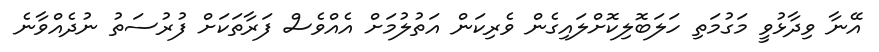
އޭނާ ވިދާޅުވީ މަގުމަތި ހަލަބޮލިކޮށްލައިގެން ވެރިކަން އަތުލުމަށް އެއްވެސް ފަރާތަކަށް ފުރުސަތު ނުދެއްވާނެ